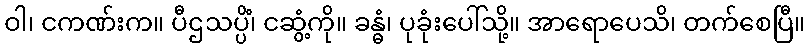
ဝါ၊ ငကဏ်းက။ ပီဌသပ္ပိံ၊ ငဆွံ့ကို။ ခန္ဓံ၊ ပုခုံးပေါ်သို့။ အာရောပေသိ၊ တက်စေပြီ။